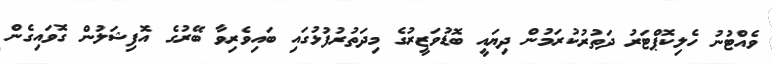
ވެއްޓުނު ހެލިކޮޕްޓަރު ދަތުރުކުރަމުން ދިޔައީ ބޮޑުވަޒީރުގެ މިދަތުރުފުޅުގައި ބައިވެރިވާ ބޭރުގެ އޮފިޝަލުން ގޮވައިގެން